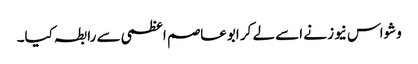
وشواس نیوز نے اسے لے کر ابوعاصم اعظمی سے رابطہ کیا۔